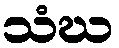
သံဃ